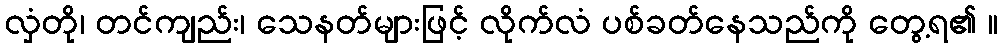
လှံတို၊ တင်ကျည်း၊ သေနတ်များဖြင့် လိုက်လံ ပစ်ခတ်နေသည်ကို တွေ့ရ၏ ။